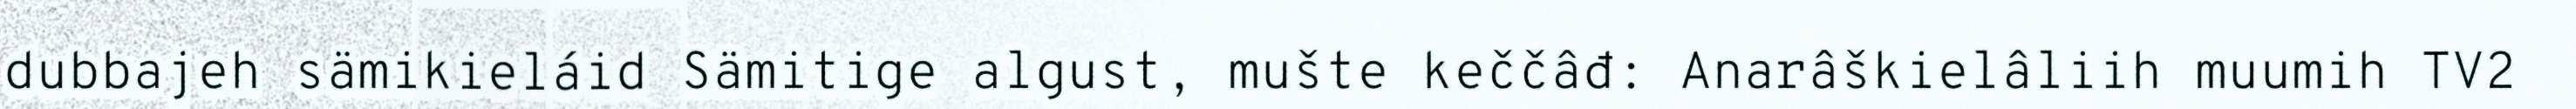
dubbajeh sämikieláid Sämitige algust, mušte keččâđ: Anarâškielâliih muumih TV2